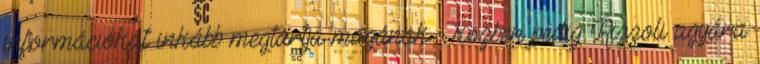
információkat inkább megtartja magának - közben pedig Rizzoli agyára